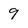
Character: 9